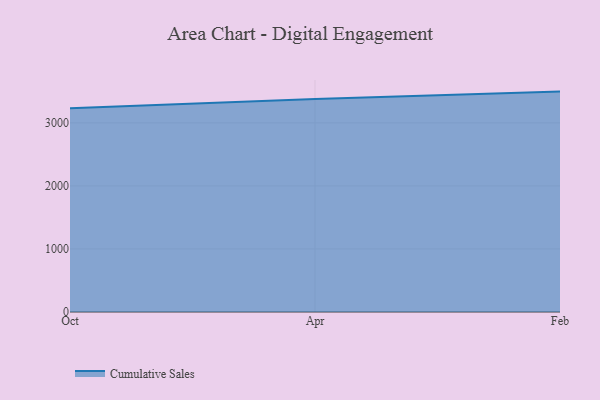
{"axis": {"x": "Month", "y": "Energy Usage (MWh)"}, "legend": ["Cumulative Sales"], "data": [{"x": "Oct", "y": 3231.4, "type": "Cumulative Sales"}, {"x": "Apr", "y": 3377.4, "type": "Cumulative Sales"}, {"x": "Feb", "y": 3496.0, "type": "Cumulative Sales"}]}